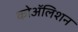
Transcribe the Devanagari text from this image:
कोॲलिशन